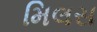
મિલસ